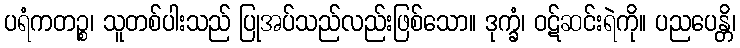
ပရံကတဉ္စ၊ သူတစ်ပါးသည် ပြုအပ်သည်လည်းဖြစ်သော။ ဒုက္ခံ၊ ဝဋ်ဆင်းရဲကို။ ပညပေန္တိ၊